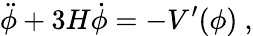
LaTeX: \ddot{\phi}+3H\dot{\phi}=-{V^{\prime}(\phi)}\ ,